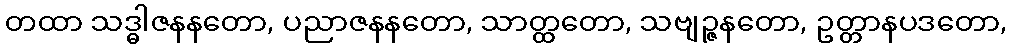
တထာ သဒ္ဓါဇနနတော, ပညာဇနနတော, သာတ္ထတော, သဗျဉ္ဇနတော, ဥတ္တာနပဒတော,